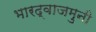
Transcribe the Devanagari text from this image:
भारद्वाजमुनी